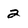
Character: 2